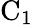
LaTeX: \mathrm{C_{1}}